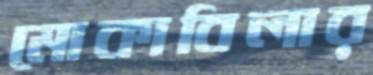
মোকাবিলার